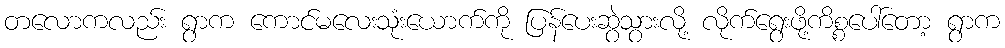
တလောကလည်း ရွာက ကောင်မလေးသုံးယောက်ကို ပြန်ပေးဆွဲသွားလို့ လိုက်ရွေးဖို့ကိစ္စပေါ်တော့ ရွာက